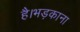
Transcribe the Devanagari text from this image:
है।भड़काना